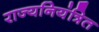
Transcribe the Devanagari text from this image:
राज्यनियंत्रित